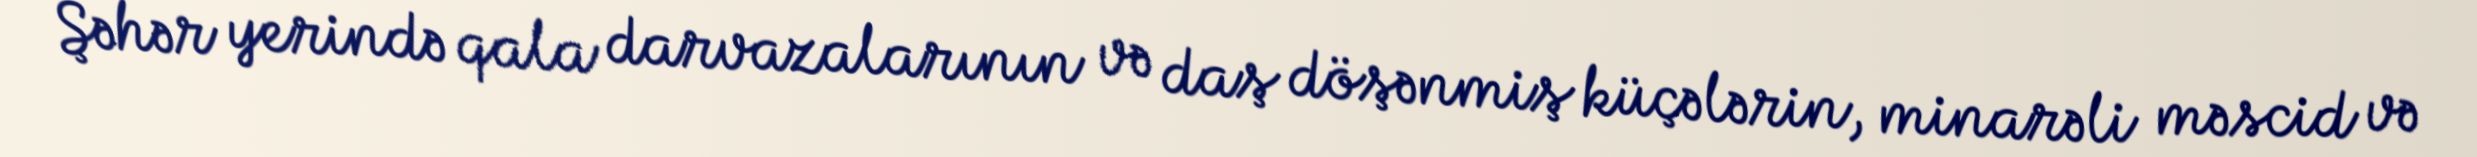
Şəhər yerində qala darvazalarının və daş döşənmiş küçələrin, minarəli məscid və